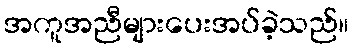
အကူအညီများပေးအပ်ခဲ့သည်။